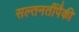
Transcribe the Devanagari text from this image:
सल्तनतींपैकी